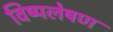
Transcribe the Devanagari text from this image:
विष्पलेषण